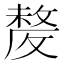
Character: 𣁛